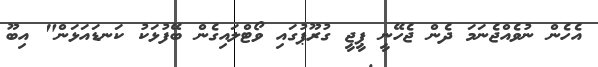
އެހެން ނުވެއްޖެނަމަ ދެން ޖެހޭނީ ޕީޖީ ގުރޫޕުގައި ވޯޓްލައިގެން ބޭފުޅަކު ކަނޑައަޅަން" އިބޫ